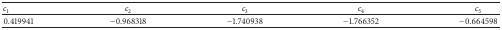
<table><thead><tr><td><b><i>c</i><sub>1</sub></b></td><td><b><i>c</i><sub>2</sub></b></td><td><b><i>c</i><sub>3</sub></b></td><td><b><i>c</i><sub>4</sub></b></td><td><b><i>c</i><sub>5</sub></b></td></tr></thead><tbody><tr><td>0.419941</td><td>−0.968318</td><td>−1.740938</td><td>−1.766352</td><td>−0.664598</td></tr></tbody></table>